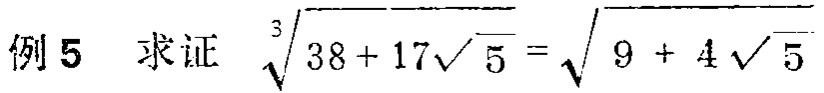
例5 求证 $\sqrt[3]{38 + 17\sqrt{5}} = \sqrt{9 + 4\sqrt{5}}$